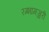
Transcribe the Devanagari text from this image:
रम्भामञ्जरी